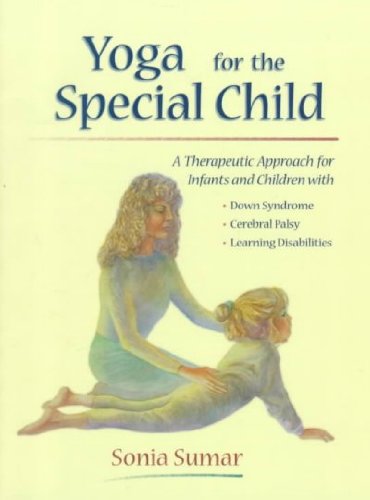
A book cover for Yoga for the Special Child: A Therapeutic Approach for Infants and Children with Down Syndrome, Cerebral Palsy, Learning Disabi [ YOGA FOR THE SPECIAL CHILD: A THERAPEUTIC APPROACH FOR INFANTS AND CHILDREN WITH DOWN SYNDROME, CEREBRAL PALSY, LEARNING DISABI BY Sumar, Sonia ( Author ) Mar-01-2007; Sonia Sumar; Health, Fitness & Dieting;